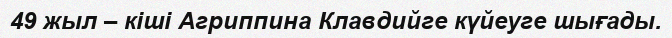
49 жыл – кіші Агриппина Клавдийге күйеуге шығады.